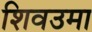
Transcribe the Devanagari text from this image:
शिवउमा